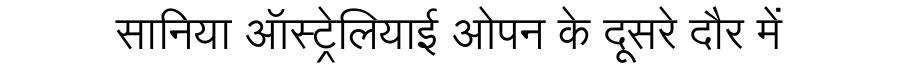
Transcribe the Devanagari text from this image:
सानिया ऑस्ट्रेलियाई ओपन के दूसरे दौर में